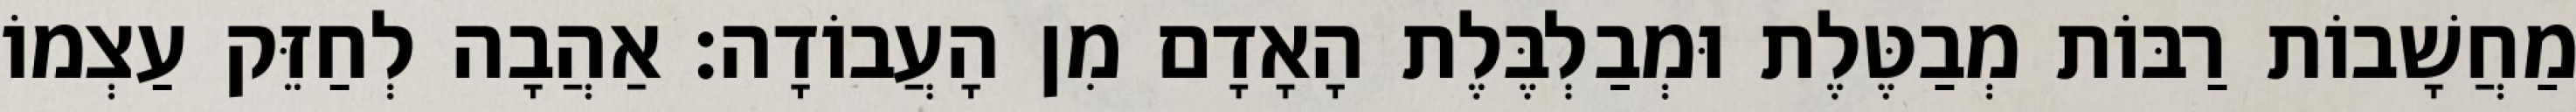
מַחֲשָׁבוֹת רַבּוֹת מְבַטֶּלֶת וּמְבַלְבֶּלֶת הָאָדָם מִן הָעֲבוֹדָה: אַהֲבָה לְחַזֵּק עַצְמוֹ